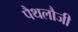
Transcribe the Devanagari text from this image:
पैथलौजी